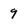
Character: 9